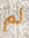
لم